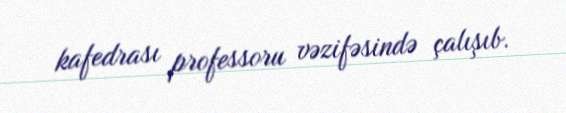
kafedrası professoru vəzifəsində çalışıb.